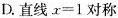
D.直线$$x=1$$对称